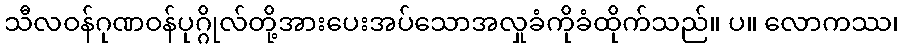
သီလဝန်ဂုဏဝန်ပုဂ္ဂိုလ်တို့အားပေးအပ်သောအလှုခံကိုခံထိုက်သည်။ ပ။ လောကဿ၊